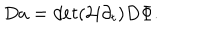
D a = d e t ( 2 i \partial _ { t } ) D \Phi .